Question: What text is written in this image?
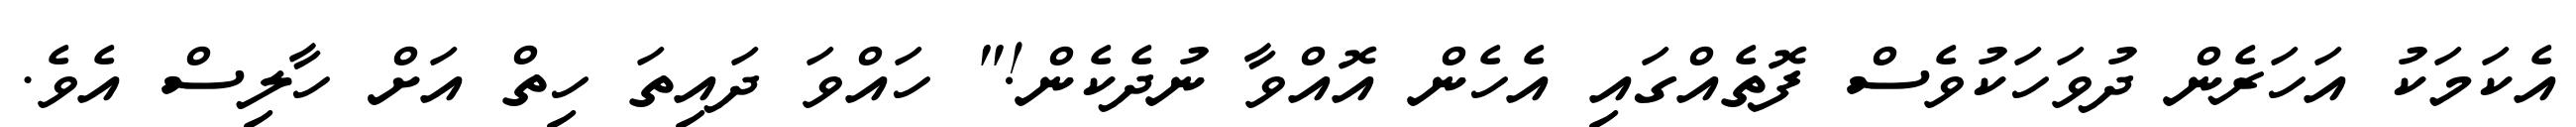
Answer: އެކަމަކު އަހަރެން ދުވަހަކުވެސް ފޮތެއްގައި އެހެން އޮއްވާ ނުދެކެން!" ހައްވަ ދައިތަ ހިތް އަށް ހާލިސް އެވެ.